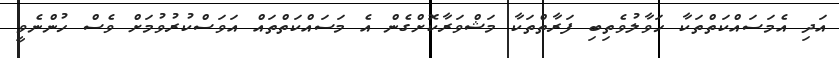
އަދި އެމަސައްކަތްތަކާ ހަވާލުވެތިބި ފަރާތްތަކާ މަޝްވަރާކޮށްގެން އެ މަސައްކަތްތައް އަވަސްކުރުވުމަށް ވެސް ހުންނެވީ